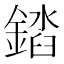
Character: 𨪫